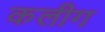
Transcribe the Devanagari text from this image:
कलीग